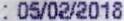
:05/02/2018